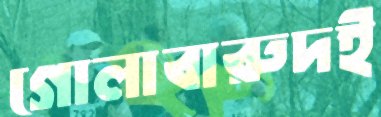
গোলাবারুদই